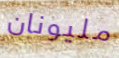
مليونان